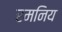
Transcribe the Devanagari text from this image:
रमनिय